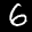
Label: 6